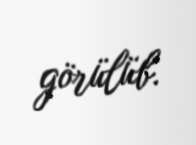
görülüb.